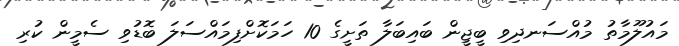
މައުލޫމާތު މުއްސަނދިވި ބީޖީން ބައިބަލާ ތަށީގެ 10 ހަމަކޮށްފިމައްސަލަ ބޮޑުވި ސެމީން ކުރި